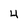
Character: 4